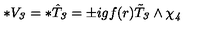
* V _ { \it 3 } = * \hat { T } _ { \it 3 } = \pm i g f ( r ) \tilde { T } _ { \it 3 } \wedge \chi _ { \it 4 } \